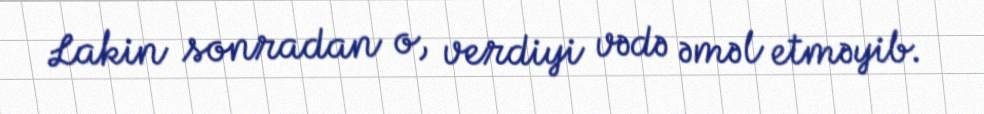
Lakin sonradan o, verdiyi vədə əməl etməyib.